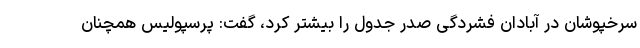
سرخپوشان در آبادان فشردگی صدر جدول را بیشتر کرد، گفت: پرسپولیس همچنان